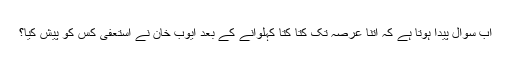
اب سوال پیدا ہوتا ہے کہ اتنا عرصہ تک کتا کتا کہلوانے کے بعد ایوب خان نے استعفیٰ کس کو پیش کیا؟